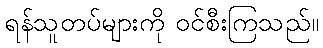
ရန်သူတပ်များကို ဝင်စီးကြသည်။